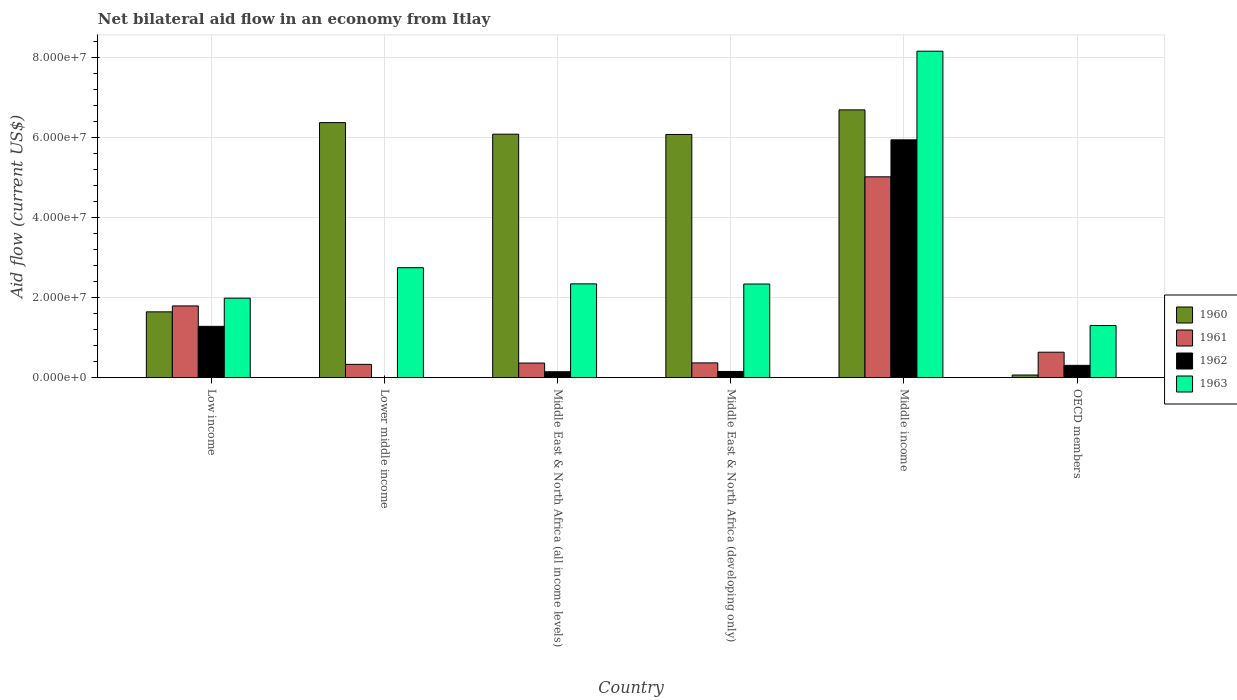
| Country | 1960 | 1961 | 1962 | 1963 |
 | --- | --- | --- | --- | --- |
 | Low income | 1.64e+07 | 1.79e+07 | 1.28e+07 | 1.99e+07 |
 | Lower middle income | 6.37e+07 | 3.32e+06 | -2.8e+06 | 2.75e+07 |
 | Middle East & North Africa (all income levels) | 6.08e+07 | 3.65e+06 | 1.48e+06 | 2.34e+07 |
 | Middle East & North Africa (developing only) | 6.08e+07 | 3.69e+06 | 1.55e+06 | 2.34e+07 |
 | Middle income | 6.69e+07 | 5.02e+07 | 5.94e+07 | 8.16e+07 |
 | OECD members | 6.6e+05 | 6.36e+06 | 3.08e+06 | 1.3e+07 |